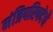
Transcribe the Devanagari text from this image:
मंत्रिपरिषदेचे